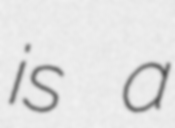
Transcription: is a